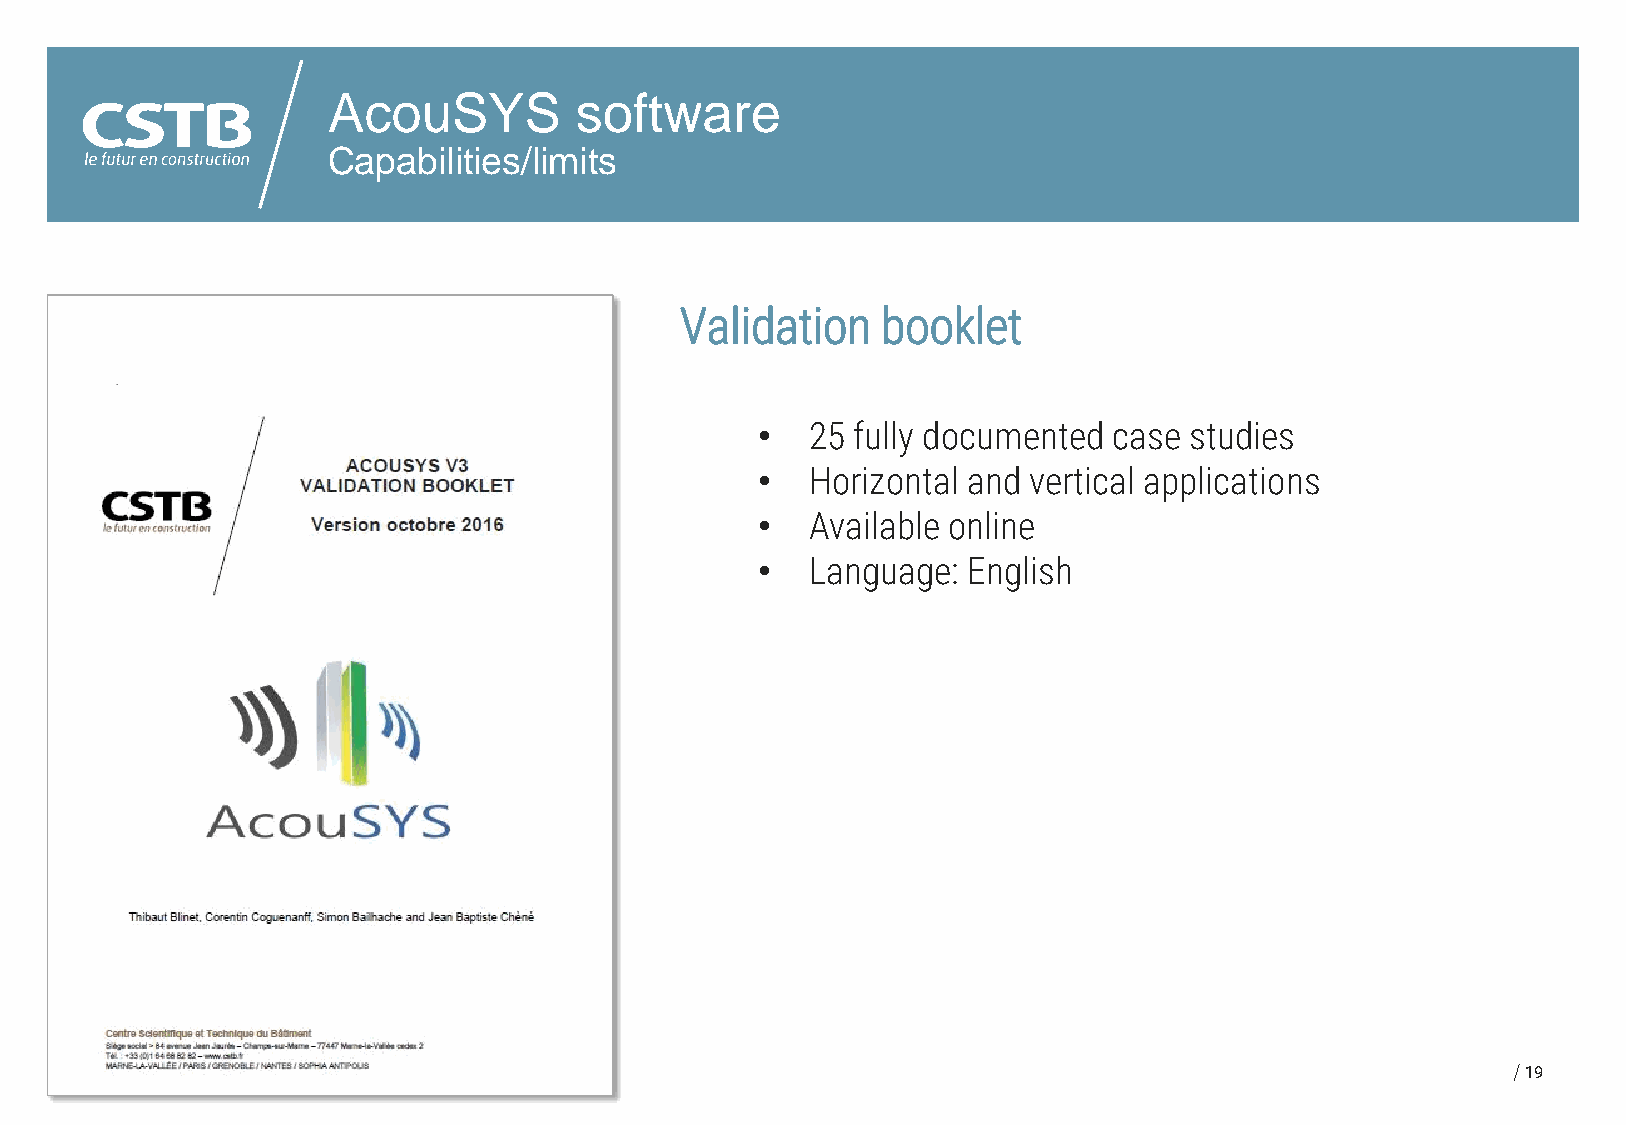
AcouSYS         software
 Capabilities/limits
 Validation   booklet
 •   25 fully documented case studies
 CSTB        Boutique
 •   Horizontal and vertical applications
 •   Available online
 •   Language: English
 19